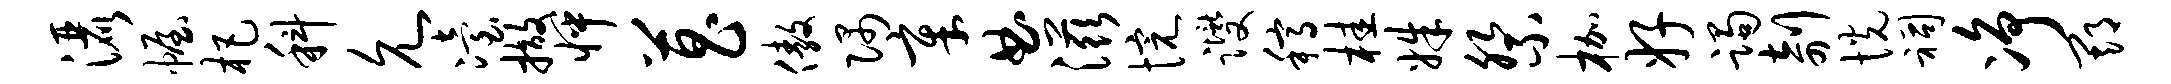
洒幄杷科允冶撤怦菖傲隅章曲滋惋躞稿桂姝祭枷好躅剞恍祠净期